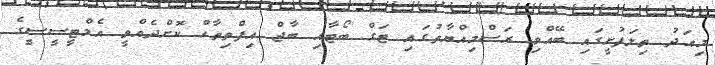
މިއަދު ތިލަފުށީގައި ބޭއްވި ރަސްމިއްޔާތުގައި ޓަގް ބޯޓާއި ބާޖް އިފްތިތާހް ކޮށްދެއްވީ އެމްޓީސީސީގެ